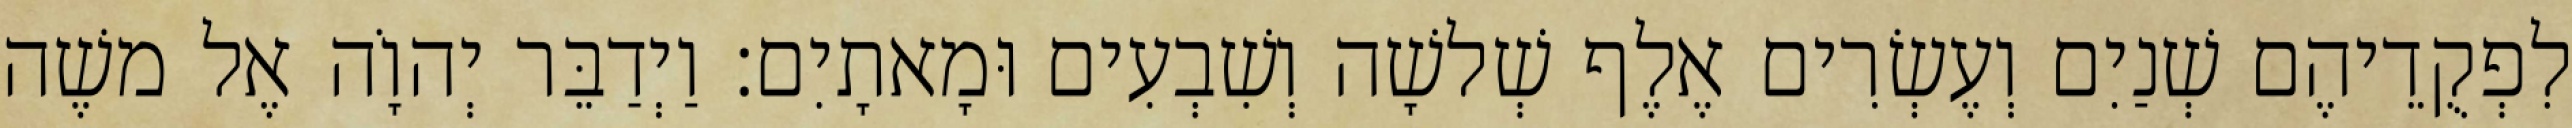
לִפְקֻדֵיהֶם שְׁנַיִם וְעֶשְׂרִים אֶלֶף שְׁלשָׁה וְשִׁבְעִים וּמָאתָיִם׃ וַיְדַבֵּר יְהוָֹה אֶל משֶׁה